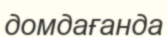
домдағанда